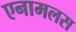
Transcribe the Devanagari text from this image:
एनामलस